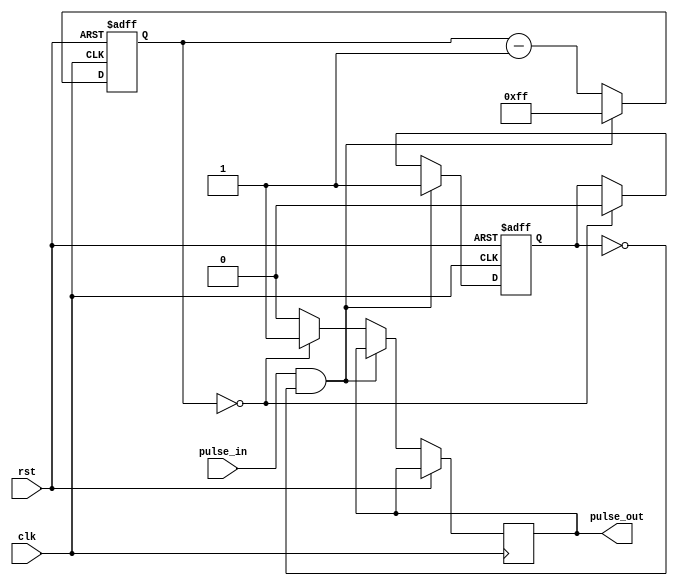
module PulseSynchronizer (
    input wire clk,
    input wire rst,
    input wire pulse_in,
    output reg pulse_out
);

reg [7:0] counter;
reg pulse_sync;

always @ (posedge clk or posedge rst) begin
    if (rst) begin
        counter <= 8'b0;
        pulse_sync <= 1'b0;
    end else begin
        if (pulse_in && !pulse_sync) begin
            counter <= 8'b11111111; // Set counter to delay pulse output
            pulse_sync <= 1'b1;
        end else begin
            counter <= counter - 1;
            if (counter == 0) begin
                pulse_out <= 1'b1;
                pulse_sync <= 1'b0;
            end else begin
                pulse_out <= 1'b0;
            end
        end
    end
end

endmodule